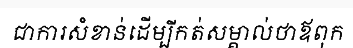
ជាការសំខាន់ដើម្បីកត់សម្គាល់ថាឪពុក